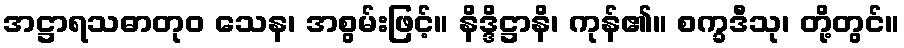
အဋ္ဌာရသဓာတုဝ သေန၊ အစွမ်းဖြင့်။ နိဒ္ဒိဋ္ဌာနိ၊ ကုန်၏။ စက္ခဒီသု၊ တို့တွင်။